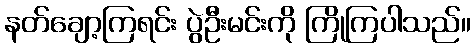
နတ်ချော့ကြရင်း ပွဲဦးမင်းကို ကြိုကြပါသည်။